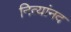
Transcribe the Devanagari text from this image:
नित्यांनद